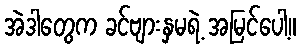
အဲဒါတွေက ခင်ဗျားနှမရဲ့ အမြင်ပေါ့။